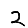
Digit: 2